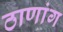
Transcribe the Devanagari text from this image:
ठाणांग